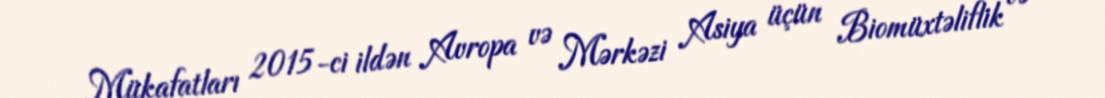
Mükafatları 2015-ci ildən Avropa və Mərkəzi Asiya üçün Biomüxtəliflik və